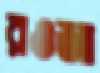
রওজা